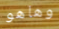
وهاهو